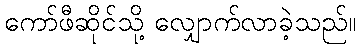
ကော်ဖီဆိုင်သို့ လျှောက်လာခဲ့သည်။